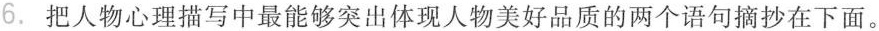
6.把人物心理描写中最能够突出体现人物美好品质的两个语句摘抄在下面。